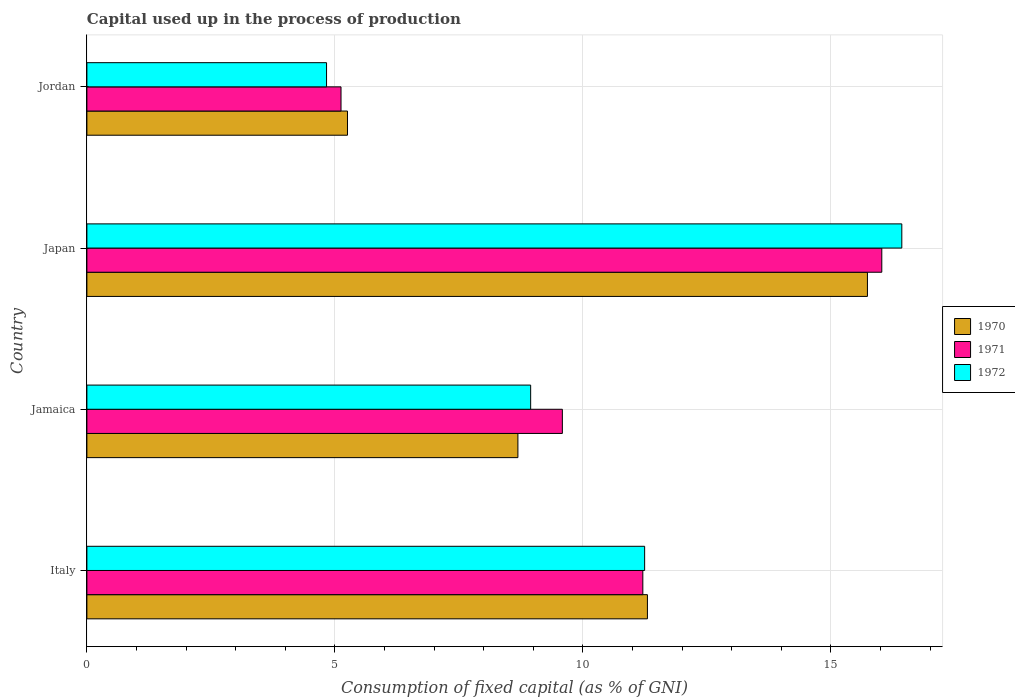
| Country | 1970 | 1971 | 1972 |
 | --- | --- | --- | --- |
 | Italy | 11.3 | 11.2 | 11.2 |
 | Jamaica | 8.69 | 9.58 | 8.95 |
 | Japan | 15.7 | 16 | 16.4 |
 | Jordan | 5.25 | 5.12 | 4.83 |